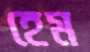
হেম